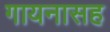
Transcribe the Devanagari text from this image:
गायनासह